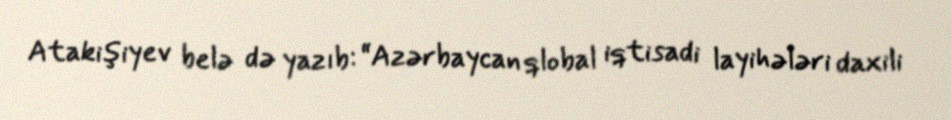
Atakişiyev belə də yazıb: “Azərbaycan qlobal iqtisadi layihələri daxili